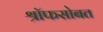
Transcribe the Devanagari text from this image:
श्रॉफसोबत